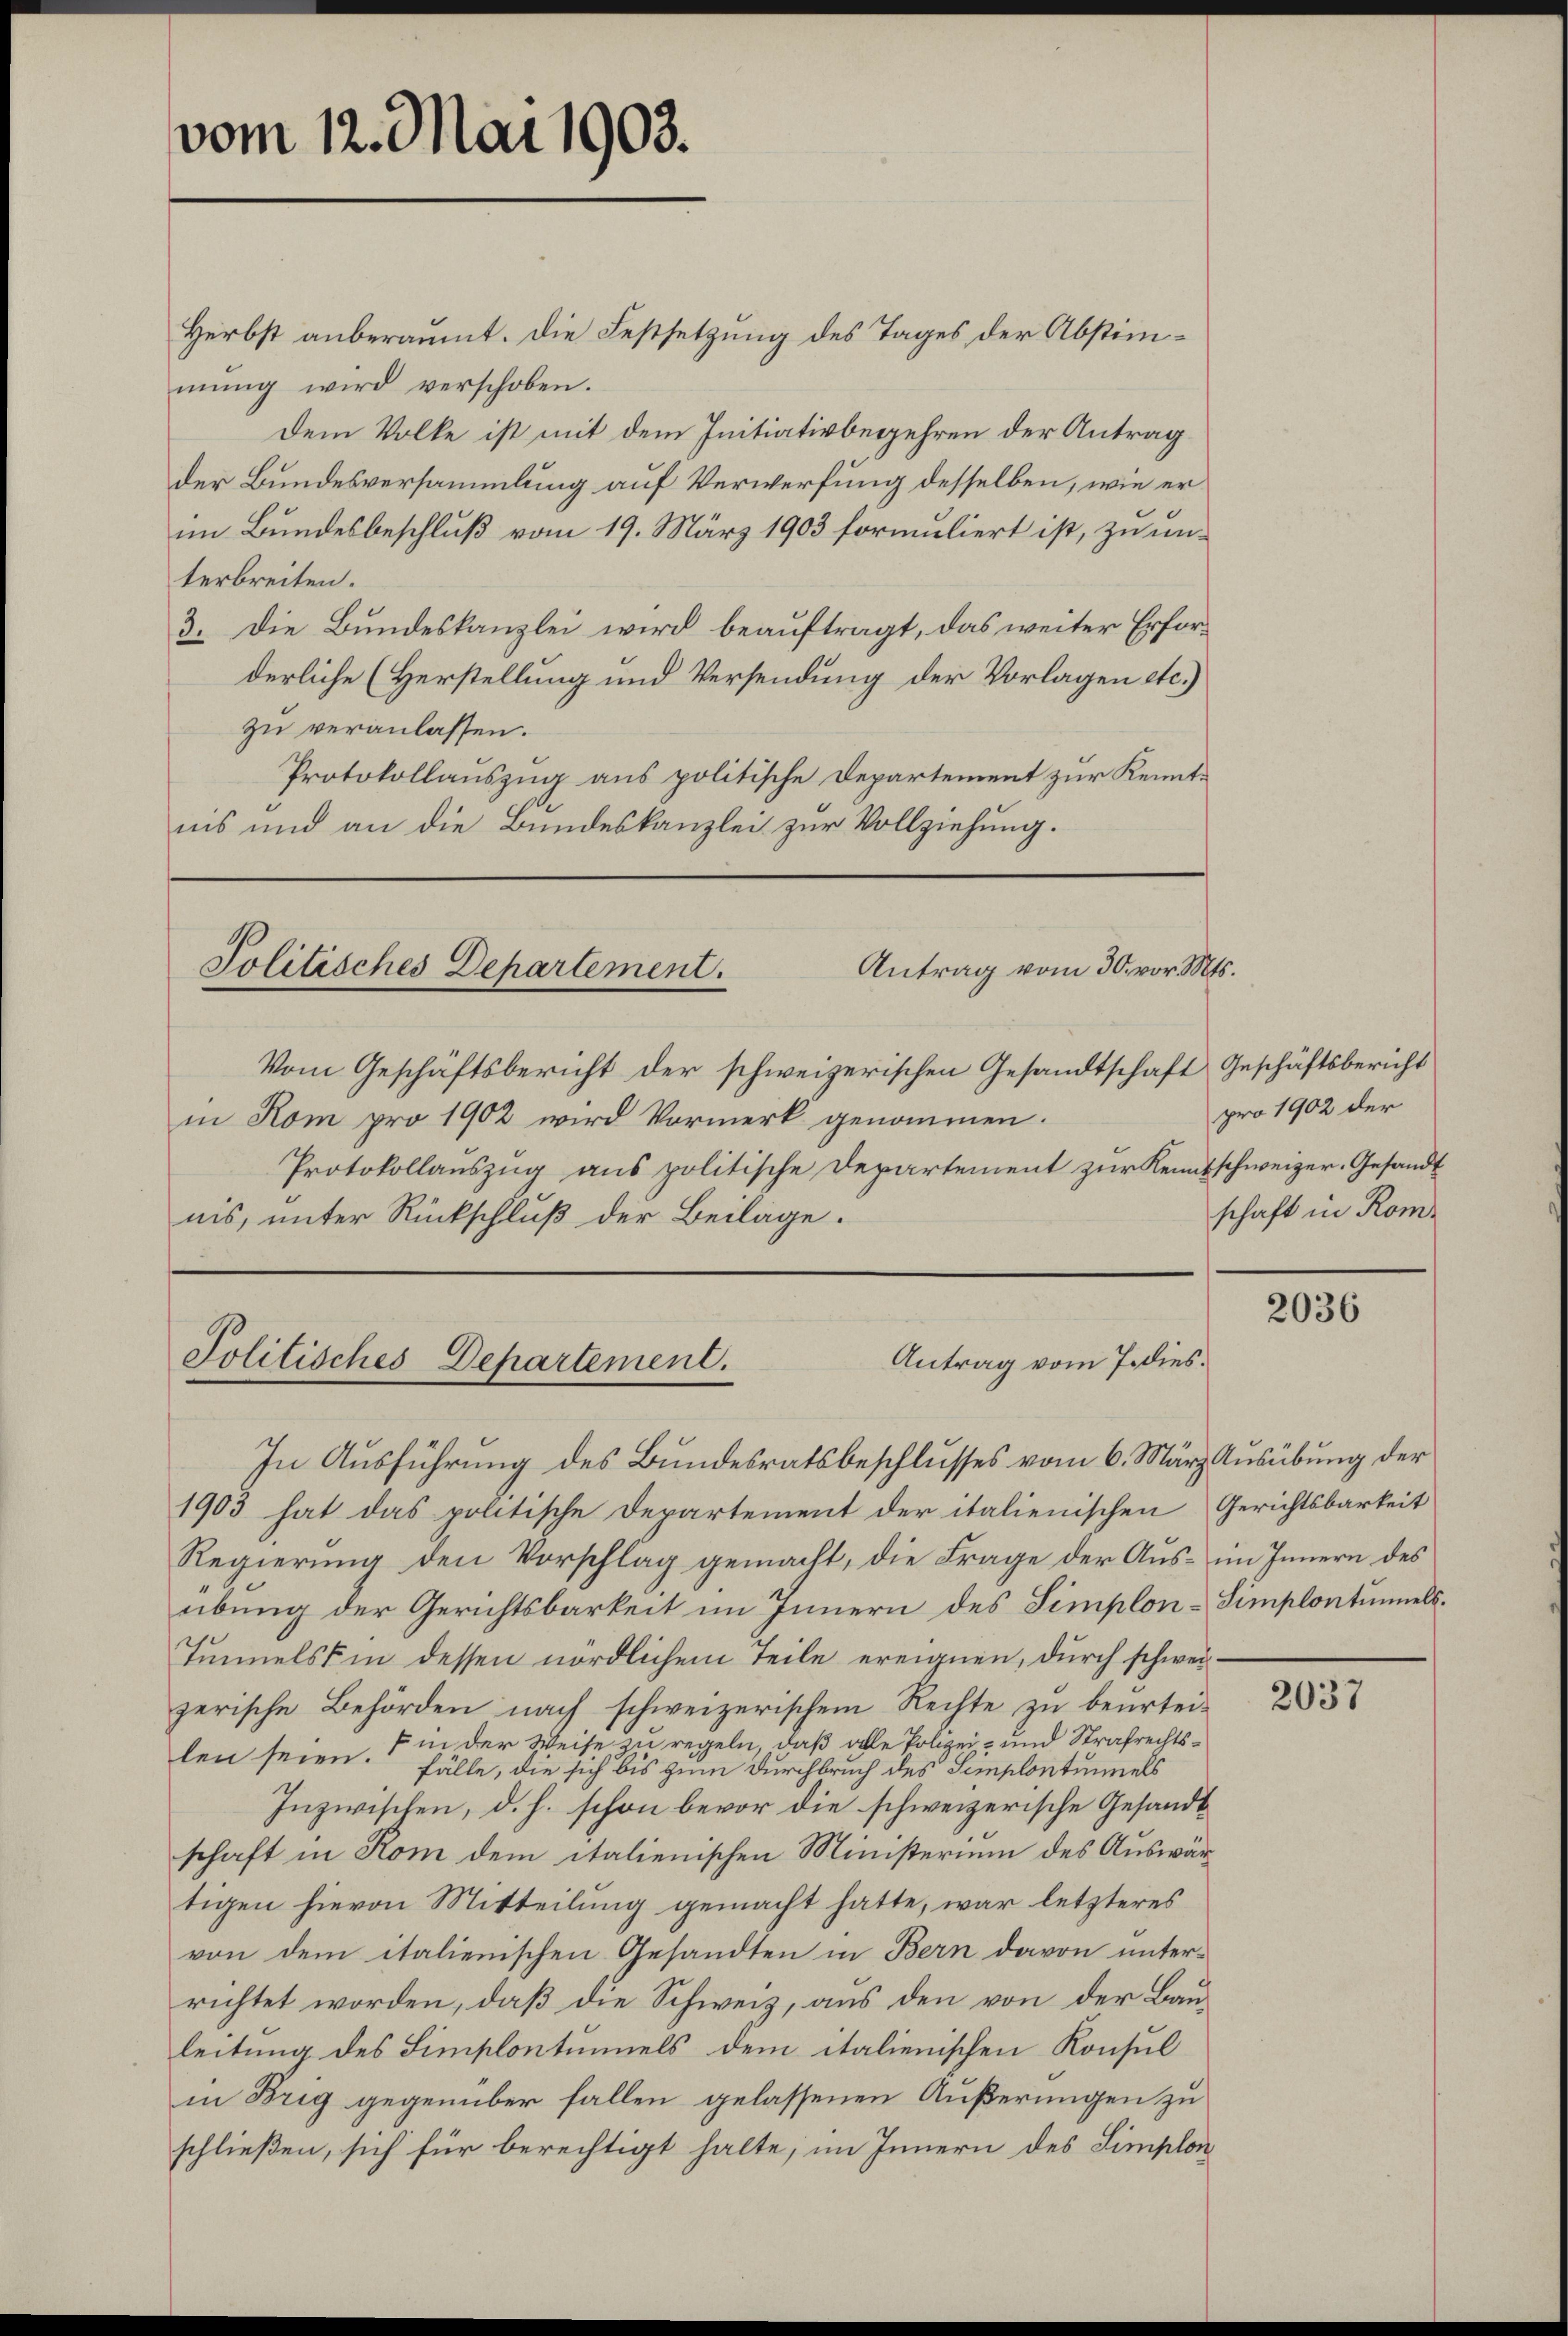
vom 12. Mai 1903.

Herbst anberaumt. Die Festsetzung des Tages der Abstimmŭng wird verschoben.
Dem Volke ist mit dem Initiativbegehren der Antrag
der Bundesversammlung auf Verwerfung desselben, wie er
im Bundesbeschluß vom 19. März 1903 formuliert ist, zu unterbreiten.
3. Die Bundeskanzlei wird beauftragt, das weiter Erforderliche (Herstellung und Versendung der Vorlagen etc.)
zu veranlassen.
Protokollauszug aus politische Departement zur Kenntnis und an die Bundeskanzlei zur Vollziehung.

Antrag vom 30. vor. Mts.
Politisches Departement.

Vom Geschäftsbericht der schweizerischen Gesandtschaft Geschäftsbericht
in Kom pro 1902 wird Vormerk genommen.
Protokollauszug aus politische Departement zur Kenntschweizer-Gesandt
nis, unter Rückschluß der Beilage:

Antrag vom 7. dies.
Politisches Departement.

In Ausführung des Bundesratsbeschlusses vom 6. März Ausübung der
1903 hat das politische Departement der italienischen Gerichtsbarkeit
Regierung den Vorschlag gemacht, die Frage der Aus- im Innern des
übung der Gerichtsbarkeit im Innern des Simplon-Simplontunnels.
Tunnels in dessen nördlichem Teile ereignen, durch schweizerische Behörden nach schweizerischem Rechte zu beurtei¬
 in der Weise zu regeln, daß alle Polizei- und Strafrechtslen seien. Fälle, die sich bis zum Durchbruch des Semplontunnels
Inzwischen, d. h. schon bevor die schweizerische Gesandt
schaft in Rom dem italienischen Ministerium des Auswärtigen hievon Mitteilung gemacht hatte, war letzteres
von dem italienischen Gesandten in Bern davon unterrichtet worden, daß die Schweiz, aus den von der Bauleitung des Simplontumels dem italienischen Konsul
in Brig gegenüber fallen gelassenen Äußerungen zu
schließen, sich für berechtigt halte, im Innern des Simplon

pro 1902 der
schaft in Rom¬

2036

2037